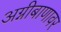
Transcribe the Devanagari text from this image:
अग्नीबाणावर